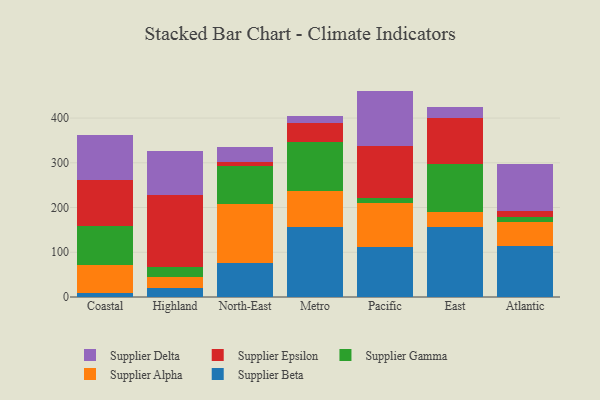
{"axis": {"x": "Region", "y": "Waste Production (Tons)"}, "legend": ["Supplier Alpha", "Supplier Beta", "Supplier Delta", "Supplier Epsilon", "Supplier Gamma"], "data": [{"x": "Coastal", "y": 8.6, "type": "Supplier Beta"}, {"x": "Coastal", "y": 62.3, "type": "Supplier Alpha"}, {"x": "Coastal", "y": 88.2, "type": "Supplier Gamma"}, {"x": "Coastal", "y": 102.8, "type": "Supplier Epsilon"}, {"x": "Coastal", "y": 100.9, "type": "Supplier Delta"}, {"x": "Highland", "y": 20.5, "type": "Supplier Beta"}, {"x": "Highland", "y": 25.1, "type": "Supplier Alpha"}, {"x": "Highland", "y": 21.2, "type": "Supplier Gamma"}, {"x": "Highland", "y": 161.1, "type": "Supplier Epsilon"}, {"x": "Highland", "y": 98.2, "type": "Supplier Delta"}, {"x": "North-East", "y": 76.8, "type": "Supplier Beta"}, {"x": "North-East", "y": 132.0, "type": "Supplier Alpha"}, {"x": "North-East", "y": 83.9, "type": "Supplier Gamma"}, {"x": "North-East", "y": 9.4, "type": "Supplier Epsilon"}, {"x": "North-East", "y": 33.8, "type": "Supplier Delta"}, {"x": "Metro", "y": 156.4, "type": "Supplier Beta"}, {"x": "Metro", "y": 79.5, "type": "Supplier Alpha"}, {"x": "Metro", "y": 110.9, "type": "Supplier Gamma"}, {"x": "Metro", "y": 41.4, "type": "Supplier Epsilon"}, {"x": "Metro", "y": 16.7, "type": "Supplier Delta"}, {"x": "Pacific", "y": 112.6, "type": "Supplier Beta"}, {"x": "Pacific", "y": 97.8, "type": "Supplier Alpha"}, {"x": "Pacific", "y": 11.5, "type": "Supplier Gamma"}, {"x": "Pacific", "y": 115.7, "type": "Supplier Epsilon"}, {"x": "Pacific", "y": 123.2, "type": "Supplier Delta"}, {"x": "East", "y": 157.5, "type": "Supplier Beta"}, {"x": "East", "y": 32.2, "type": "Supplier Alpha"}, {"x": "East", "y": 108.4, "type": "Supplier Gamma"}, {"x": "East", "y": 103.1, "type": "Supplier Epsilon"}, {"x": "East", "y": 23.4, "type": "Supplier Delta"}, {"x": "Atlantic", "y": 114.1, "type": "Supplier Beta"}, {"x": "Atlantic", "y": 54.3, "type": "Supplier Alpha"}, {"x": "Atlantic", "y": 10.8, "type": "Supplier Gamma"}, {"x": "Atlantic", "y": 12.1, "type": "Supplier Epsilon"}, {"x": "Atlantic", "y": 105.5, "type": "Supplier Delta"}]}